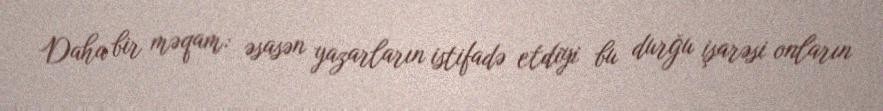
Daha bir məqam: əsasən yazarların istifadə etdiyi bu durğu işarəsi onların